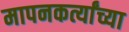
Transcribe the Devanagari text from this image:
मापनकर्त्यांच्या